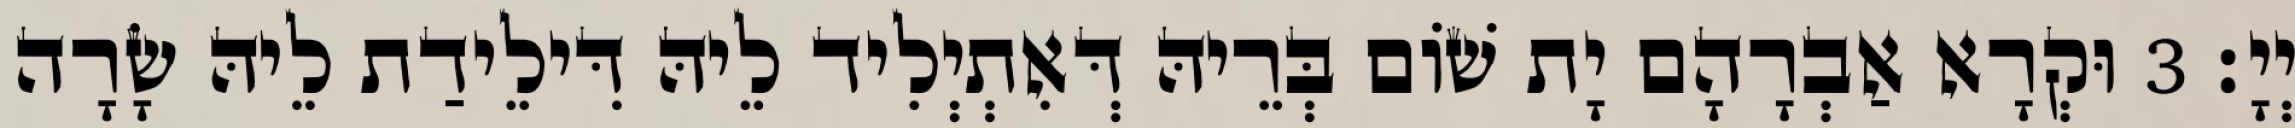
יְיָ׃ 3 וּקְרָא אַבְרָהָם יָת שׁוֹם בְּרֵיהּ דְּאִתְיְלִיד לֵיהּ דִּילֵידַת לֵיהּ שָׂרָה